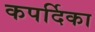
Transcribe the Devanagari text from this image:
कपर्दिका